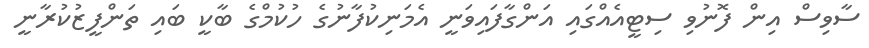
ސާވިސް އިން ފޮނުވި ސިޓީއެއްގައި އަންގާފައިވަނީ އެމަނިކުފާނުގެ ހުކުމްގެ ބާކީ ބައި ތަންފީޒުކުރާނީ